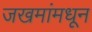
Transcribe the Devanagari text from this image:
जखमांमधून